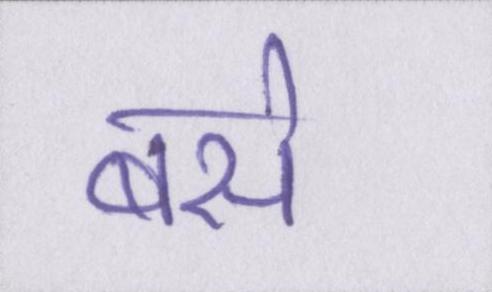
बसे